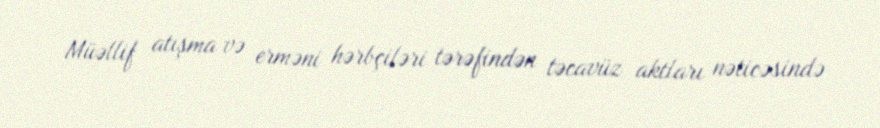
Müəllif atışma və erməni hərbçiləri tərəfindən təcavüz aktları nəticəsində